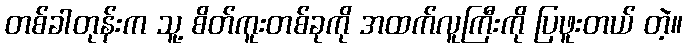
တစ်ခါတုန်းက သူ့ စိတ်ကူးတစ်ခုကို အထက်လူကြီးကို ပြဖူးတယ် တဲ့။